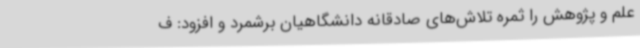
علم و پژوهش را ثمره تلاش‌های صادقانه دانشگاهیان برشمرد و افزود: ف